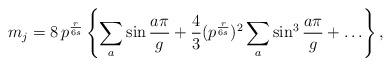
LaTeX: \begin{align*}m_j =8\, p^{\frac{r}{6s}}\left\{ \sum_a \sin \frac{a\pi}{g}+\frac{4}{3}(p^{\frac{r}{6s}})^2 \sum_a \sin^3\frac{a\pi}{g}+\ldots\right\},\end{align*}